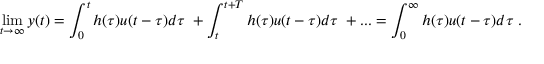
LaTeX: \operatorname* { l i m } _ { t \to \infty } y ( t ) = \int _ { 0 } ^ { t } h ( \tau ) u ( t - \tau ) d \tau \; + \int _ { t } ^ { t + T } h ( \tau ) u ( t - \tau ) d \tau \; + . . . = \int _ { 0 } ^ { \infty } h ( \tau ) u ( t - \tau ) d \tau \; .